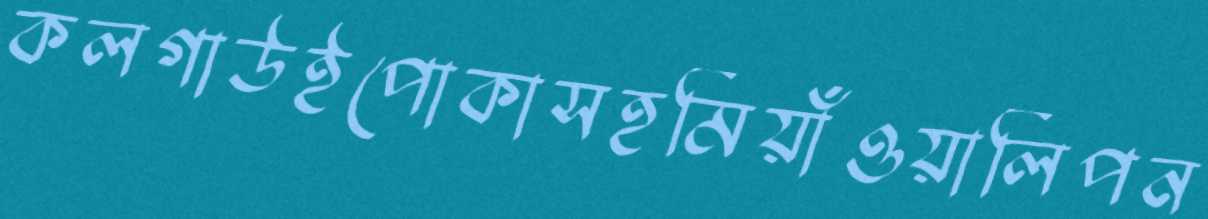
কলগাউইপোকাসহমিয়াঁওয়ালিপন